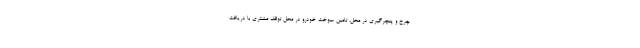
چرخ و پنچرگیری در محل، تامین سوخت خودرو در محل توقف مشتری با دریافت